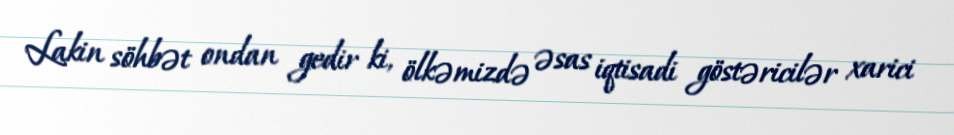
Lakin söhbət ondan gedir ki, ölkəmizdə əsas iqtisadi göstəricilər xarici